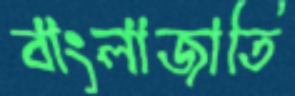
বাংলাজাতি